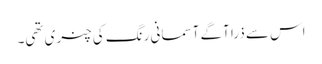
اس سے ذرا آگے آسمانی رنگ کی چنری تھی۔